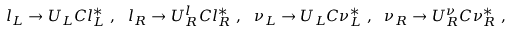
l _ { L } \rightarrow U _ { L } C l _ { L } ^ { * } ~ , ~ ~ l _ { R } \rightarrow U _ { R } ^ { l } C l _ { R } ^ { * } ~ , ~ ~ \nu _ { L } \rightarrow U _ { L } C \nu _ { L } ^ { * } ~ , ~ ~ \nu _ { R } \rightarrow U _ { R } ^ { \nu } C \nu _ { R } ^ { * } ~ ,